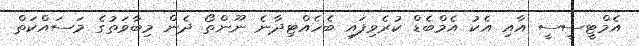
އެމްޓީސީސީ އާއި އެކު އެމްބެޑް ކުރެވިފައި ބެހެއްޓިދާނެ ނޫންތޯ ދެން މިބާވަތުގެ މަސައްކަތް